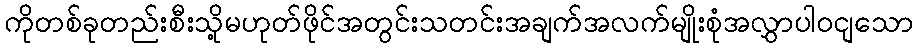
ကိုတစ်ခုတည်းစီးသို့မဟုတ်ဖိုင်အတွင်းသတင်းအချက်အလက်မျိုးစုံအလွှာပါဝငျသော